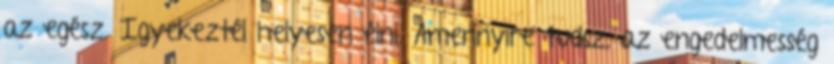
az egész. Igyekeztél helyesen élni. Amennyire tudsz, az engedelmesség